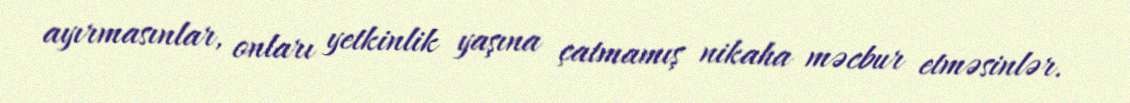
ayırmasınlar, onları yetkinlik yaşına çatmamış nikaha məcbur etməsinlər.